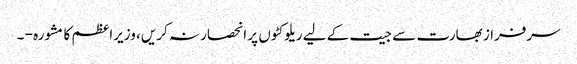
سرفراز بھارت سے جیت کے لیے ریلوکٹوں پر انحصار نہ کریں، وزیراعظم کا مشورہ - ۔